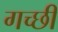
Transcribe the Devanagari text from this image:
गच्छी